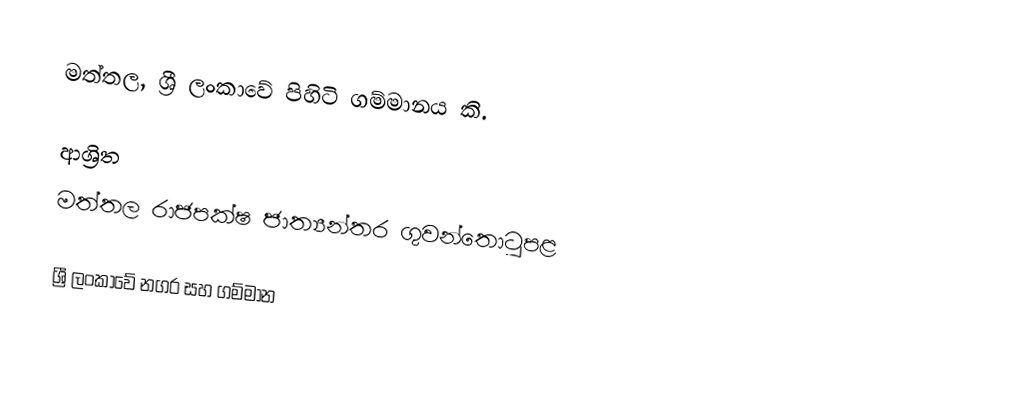
මත්තල, ශ්‍රී ලංකාවේ පිහිටි ගම්මානය කි.

ආශ්‍රිත
 මත්තල රාජපක්ෂ ජාත්‍යන්තර ගුවන්තොටුපළ

ශ්‍රී ලංකාවේ නගර සහ ගම්මාන